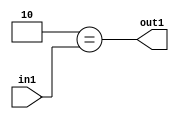
`timescale 1ps / 1ps
/*****************************************************************************
    Verilog RTL Description
    
    
    Created by: Stratus DpOpt 2019.1.01 
*******************************************************************************/

module feature_write_addr_gen_Eqi2u3_4_2 (
	in1,
	out1
	); /* architecture "behavioural" */ 
input [2:0] in1;
output  out1;
wire  asc001;

assign asc001 = (8'B00000010==in1);

assign out1 = asc001;
endmodule

/* CADENCE  urjxTQ0= : u9/ySgnWtBlWxVPRXgAZ4Og= ** DO NOT EDIT THIS LINE ******/